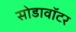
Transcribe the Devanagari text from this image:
सोडावॉटर